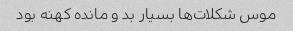
موس شکلات‌ها بسیار بد و مانده کهنه بود